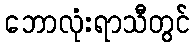
ဘောလုံးရာသီတွင်